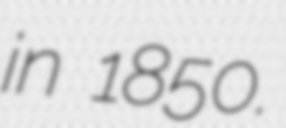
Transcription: in 1850.